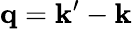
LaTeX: \mathbf{q}=\mathbf{k}^{\prime}-\mathbf{k}